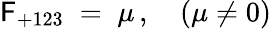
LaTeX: \mathsf{F}_{+123}\; =\; \mu\, ,\quad(\mu\neq0)